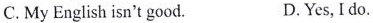
C.My English isn't good. D.Yes,I do.